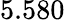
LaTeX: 5.580